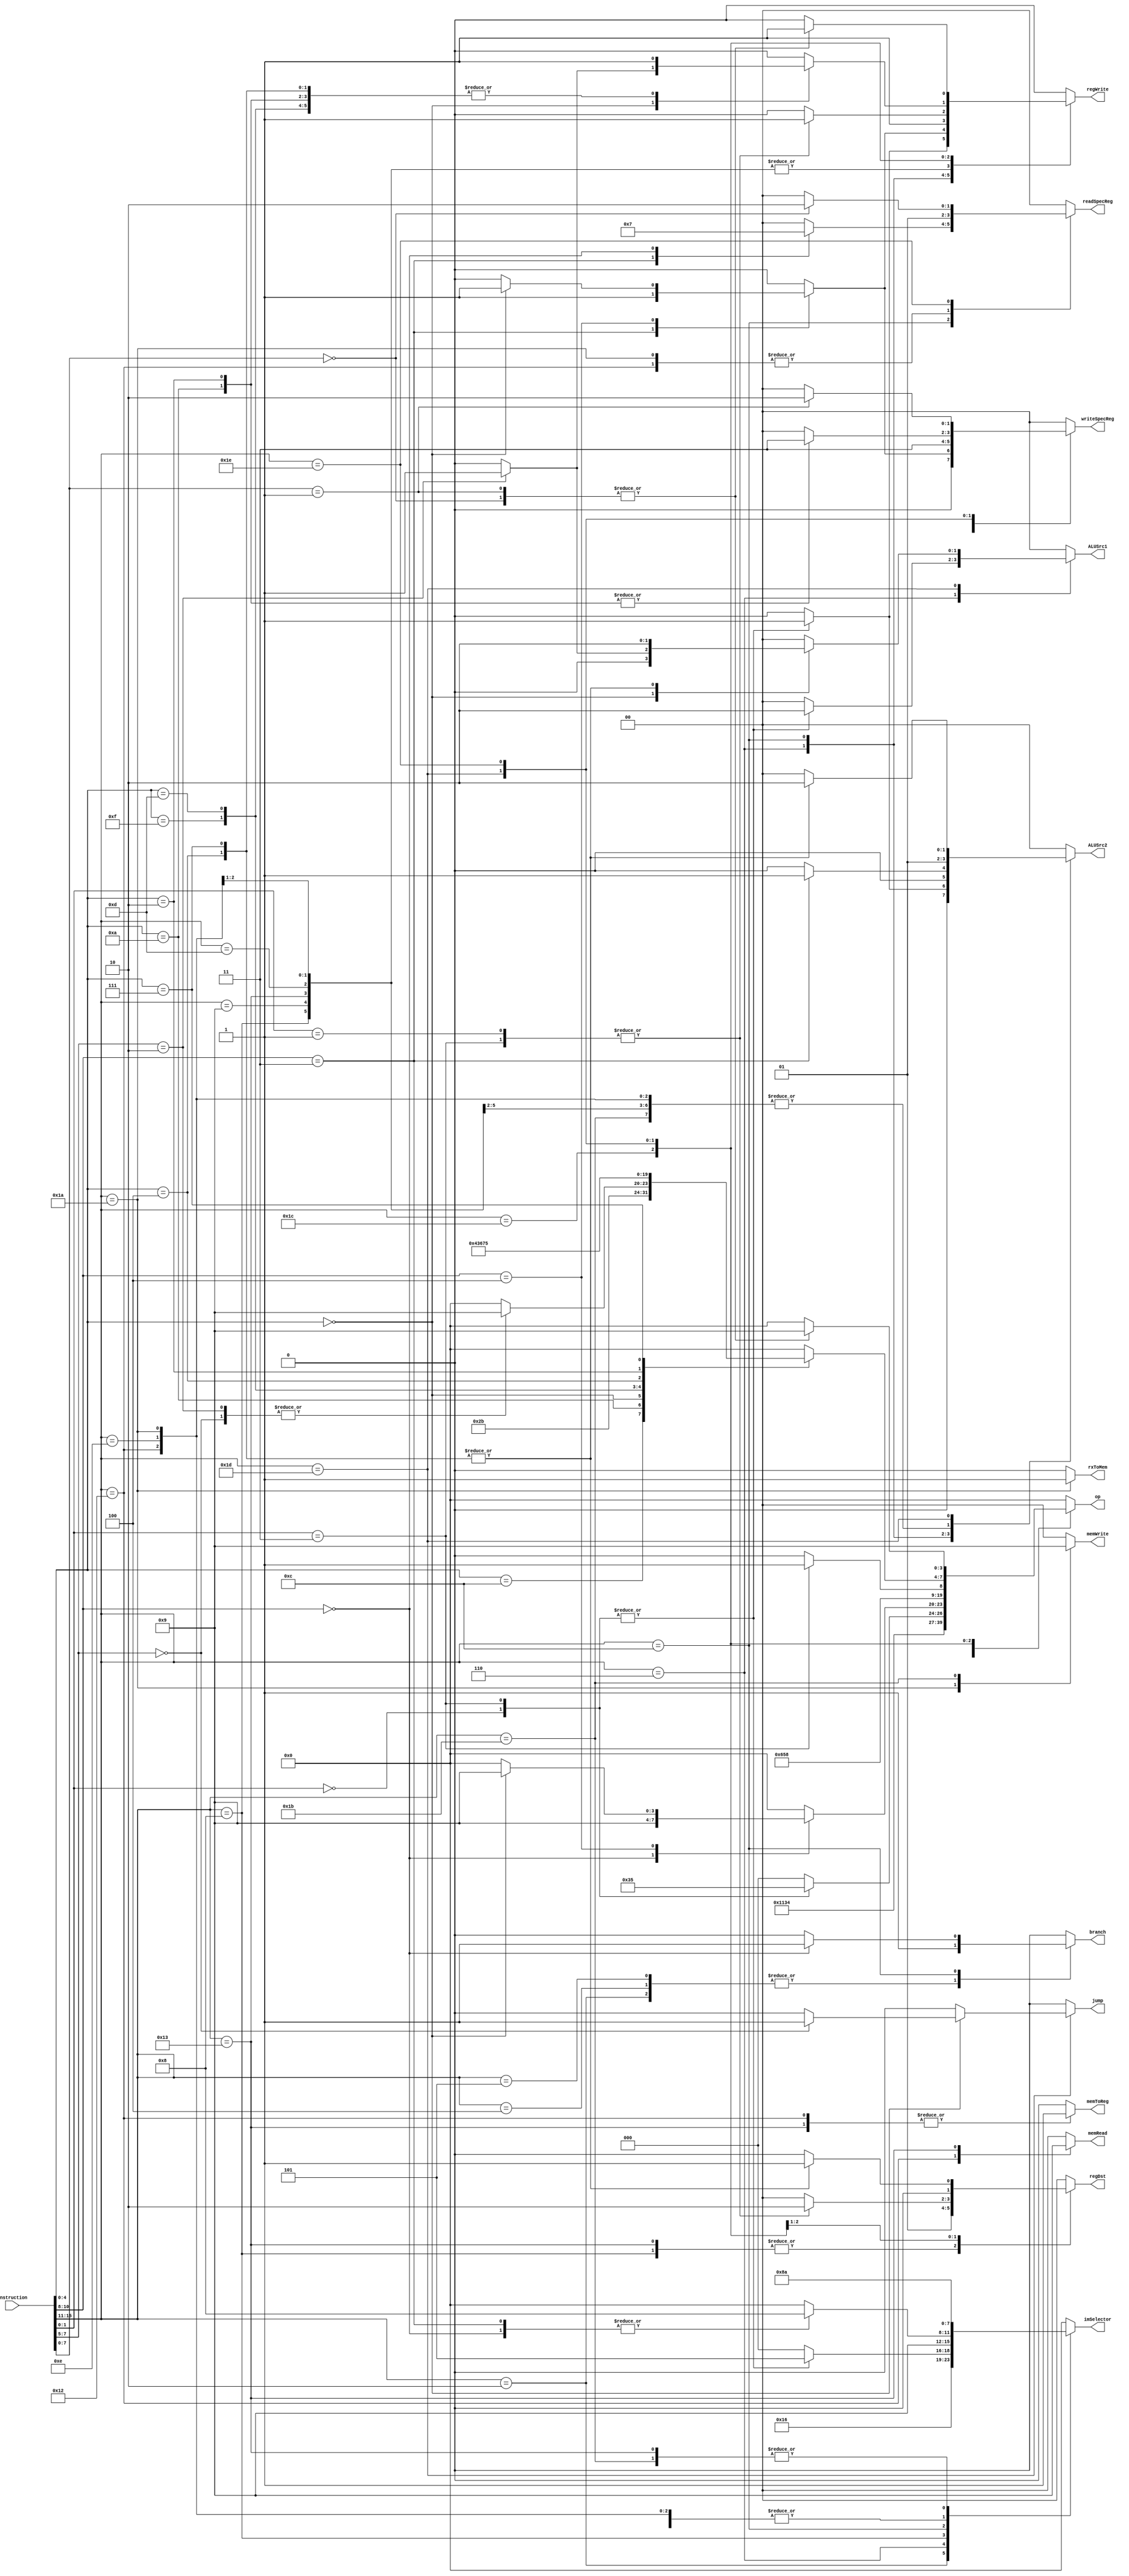
`timescale 1ns / 1ns

module InstructionDecoder(
	//rx express 10 to 8 bit in instruction, ry express 7 to 5 bit, rz express 4 to 2;
    input  [15:0] instruction,	
    output reg [3:0] imSelector,
    output reg [1:0] ALUSrc2,
    output reg [1:0] memWrite,
    output reg [1:0] memRead,
    output reg [1:0]regDst,   
	output reg  branch, 
	output reg  regWrite,
	output reg  memToReg,
	output reg  [3:0]op,
	output reg  [1:0]readSpecReg,
	output reg [1:0]writeSpecReg,
	output reg jump,     
	output reg [1:0]ALUSrc1,
	output reg rxToMem
	
    );
    
always @(*)
begin

case(instruction[15:11])

    5'b00001:  
        begin
        if(instruction[10:0] == 11'b0000_0000_000)
            begin
            //NOP
            imSelector = 4'b0000;
            ALUSrc2 = 2'b00;
            memWrite = 2'b00;
            memRead = 2'b00;
            regDst = 2'b00;
            branch = 1'b0;
            regWrite = 1'b0;
            memToReg = 1'b0;
            op = 4'b0000;
            readSpecReg = 2'b00;
            writeSpecReg = 2'b00;
            jump = 1'b0;
            ALUSrc1 = 2'b00;
            rxToMem = 1'b0;
            end
		else 
			begin
				  imSelector = 4'b0000;
                  ALUSrc2 = 2'b00;
                  memWrite = 2'b00;
                  memRead = 2'b00;
                  regDst = 2'b00;
                  branch = 1'b0;
                  regWrite = 1'b0;
                  memToReg = 1'b0;
                  op = 4'b0000;
                  readSpecReg = 2'b00;
                  writeSpecReg = 2'b00;
                  jump = 1'b0;
                  ALUSrc1 = 2'b00;
                  rxToMem = 1'b0;
			end
        end
        
    5'b00010:
        begin
        //B
            imSelector = 4'b1011;
            ALUSrc2 = 2'b00;
            memWrite = 2'b00;
            memRead = 2'b00;
            regDst = 2'b00;
            branch = 1'b1;
            regWrite = 1'b0;
            memToReg = 1'b0;
            op = 4'b1000;
            readSpecReg = 2'b00;
            writeSpecReg = 2'b00;
            jump = 1'b0;
            ALUSrc1 = 2'b00;
            rxToMem = 1'b0;
        end
        
    5'b00100:
        begin
        //BEQZ
            imSelector = 4'b1000;
            ALUSrc2 = 2'b00;
            memWrite = 2'b00;
            memRead = 2'b00;
            regDst = 2'b00;
            branch = 1'b1;
            regWrite = 1'b0;
            memToReg = 1'b0;
            op = 4'b1001;
            readSpecReg = 2'b00;
            writeSpecReg = 2'b00;
            jump = 1'b0;
            ALUSrc1 = 2'b00;
            rxToMem = 1'b0;
        end
    
    5'b00101:
        begin
        //BNEZ
            imSelector = 4'b1000;
            ALUSrc2 = 2'b00;
            memWrite = 2'b00;
            memRead = 2'b00;
            regDst = 2'b00;
            branch = 1'b1;
            regWrite = 1'b0;
            memToReg = 1'b0;
            op = 4'b1010;
            readSpecReg = 2'b00;
            writeSpecReg = 2'b00;
            jump = 1'b0;
            ALUSrc1 = 2'b00;
            rxToMem = 1'b0;
        end
        
    5'b00110:
        case(instruction[1:0])
            2'b00:
                begin
                    //SLL
                    imSelector = 4'b0101;
                    ALUSrc2 = 2'b01;
                    memWrite = 2'b00;
                    memRead = 2'b00;
                    regDst = 2'b00;
                    branch = 1'b0;
                    regWrite = 1'b1;
                    memToReg = 1'b0;
                    op = 4'b0110;
                    readSpecReg = 2'b00;
                    writeSpecReg = 2'b00;
                    jump = 1'b0;
                    ALUSrc1 = 2'b10;
                    rxToMem = 1'b0;
                end
                
            2'b11:
                begin 
                    //SRA
                    imSelector = 4'b0101;
                    ALUSrc2 = 2'b01;
                    memWrite = 2'b00;
                    memRead = 2'b00;
                    regDst = 2'b00;
                    branch = 1'b0;
                    regWrite = 1'b1;
                    memToReg = 1'b0;
                    op = 4'b0101;
                    readSpecReg = 2'b00;
                    writeSpecReg = 2'b00;
                    jump = 1'b0;
                    ALUSrc1 = 2'b10;
                    rxToMem = 1'b0;
                end
				default: 
					begin
						  imSelector = 4'b0000;
                    ALUSrc2 = 2'b00;
                    memWrite = 2'b00;
                    memRead = 2'b00;
                    regDst = 2'b00;
                    branch = 1'b0;
                    regWrite = 1'b0;
                    memToReg = 1'b0;
                    op = 4'b0000;
                    readSpecReg = 2'b00;
                    writeSpecReg = 2'b00;
                    jump = 1'b0;
                    ALUSrc1 = 2'b00;
                    rxToMem = 1'b0;
					end
        endcase
        
    5'b01000:
        begin
        //ADDIU3
            imSelector = 4'b1001;
            ALUSrc2 = 2'b01;
            memWrite = 2'b00;
            memRead = 2'b00;
            regDst = 2'b01;
            branch = 1'b0;
            regWrite = 1'b1;
            memToReg = 1'b0;
            op = 4'b0000;
            readSpecReg = 2'b00;
            writeSpecReg = 2'b00;
            jump = 1'b0;
            ALUSrc1 = 2'b00;
            rxToMem = 1'b0;
        end
        
    5'b01001:
        begin
        //ADDIU
            imSelector = 4'b1000;
            ALUSrc2 = 2'b01;
            memWrite = 2'b00;
            memRead = 2'b00;
            regDst = 2'b00;
            branch = 1'b0;
            regWrite = 1'b1;
            memToReg = 1'b0;
            op = 4'b0000;
            readSpecReg = 2'b00;
            writeSpecReg = 2'b00;
            jump = 1'b0;
            ALUSrc1 = 2'b00;
            rxToMem = 1'b0;
        end
    
    5'b01100:
        case(instruction[10:8])
            3'b011:
                begin
                    //ADDSP
                    imSelector = 4'b1000;
                    ALUSrc2 = 2'b01;
                    memWrite = 2'b00;
                    memRead = 2'b00;
                    regDst = 2'b00;
                    branch = 1'b0;
                    regWrite = 1'b1;
                    memToReg = 1'b0;
                    op = 4'b0000;
                    readSpecReg = 2'b01;
                    writeSpecReg = 2'b01;
                    jump = 1'b0;
                    ALUSrc1 = 2'b00;
                    rxToMem = 1'b0;
                end
            3'b000:
                begin
                    //BTEQZ
                    imSelector = 4'b1000;
                    ALUSrc2 = 2'b00;
                    memWrite = 2'b00;
                    memRead = 2'b00;
                    regDst = 2'b00;
                    branch = 1'b1;
                    regWrite = 1'b0;
                    memToReg = 1'b0;
                    op = 4'b1001;
                    readSpecReg = 2'b11;
                    writeSpecReg = 2'b00;
                    jump = 1'b0;
                    ALUSrc1 = 2'b00;
                    rxToMem = 1'b0;
                end
            3'b100:
                if(instruction[4:0]==5'b00000)
                begin
                    //MTSP
                    imSelector = 4'b0000;
                    ALUSrc2 = 2'b00;
                    memWrite = 2'b00;
                    memRead = 2'b00;
                    regDst = 2'b00;
                    branch = 1'b0;
                    regWrite = 1'b1;
                    memToReg = 1'b0;
                    op = 4'b1001;
                    readSpecReg = 2'b00;
                    writeSpecReg = 2'b01;
                    jump = 1'b0;
                    ALUSrc1 = 2'b00;
                    rxToMem = 1'b0;
                end
				else 
				begin
					imSelector = 4'b0000;
					ALUSrc2 = 2'b00;
					memWrite = 2'b00;
					memRead = 2'b00;
					regDst = 2'b00;
					branch = 1'b0;
					regWrite = 1'b0;
					memToReg = 1'b0;
					op = 4'b0000;
					readSpecReg = 2'b00;
					writeSpecReg = 2'b00;
					jump = 1'b0;
					ALUSrc1 = 2'b00;
					rxToMem = 1'b0;
				end
					 
				default: 
					begin
						  imSelector = 4'b0000;
                    ALUSrc2 = 2'b00;
                    memWrite = 2'b00;
                    memRead = 2'b00;
                    regDst = 2'b00;
                    branch = 1'b0;
                    regWrite = 1'b0;
                    memToReg = 1'b0;
                    op = 4'b0000;
                    readSpecReg = 2'b00;
                    writeSpecReg = 2'b00;
                    jump = 1'b0;
                    ALUSrc1 = 2'b00;
                    rxToMem = 1'b0;
					end
                
            
        endcase
    
    5'b01101:
        begin
        //LI
            imSelector = 4'b0000;
            ALUSrc2 = 2'b01;
            memWrite = 2'b00;
            memRead = 2'b00;
            regDst = 2'b00;
            branch = 1'b0;
            regWrite = 1'b1;
            memToReg = 1'b0;
            op = 4'b1100;
            readSpecReg = 2'b00;
            writeSpecReg = 2'b00;
            jump = 1'b0;
            ALUSrc1 = 2'b00;
            rxToMem = 1'b0;
        end    
        
    5'b01110:
        begin
        //CMPI
            imSelector = 4'b1000;
            ALUSrc2 = 2'b01;
            memWrite = 2'b00;
            memRead = 2'b00;
            regDst = 2'b00;
            branch = 1'b0;
            regWrite = 1'b1;
            memToReg = 1'b0;
            op = 4'b1011;
            readSpecReg = 2'b00;
            writeSpecReg = 2'b11;
            jump = 1'b0;
            ALUSrc1 = 2'b00;
            rxToMem = 1'b0;
        end    
    
    5'b10010:
        begin
        //LW_SP
            imSelector = 4'b1000;
            ALUSrc2 = 2'b01;
            memWrite = 2'b00;
            memRead = 2'b10;
            regDst = 2'b00;
            branch = 1'b0;
            regWrite = 1'b1;
            memToReg = 1'b1;
            op = 4'b0000;
            readSpecReg = 2'b01;
            writeSpecReg = 2'b00;
            jump = 1'b0;
            ALUSrc1 = 2'b00;
            rxToMem = 1'b0;
        end
    
    5'b10011:
        begin
        //LW
            imSelector = 4'b1010;
            ALUSrc2 = 2'b01;
            memWrite = 2'b00;
            memRead = 2'b01;
            regDst = 2'b01;
            branch = 1'b0;
            regWrite = 1'b1;
            memToReg = 1'b1;
            op = 4'b0000;
            readSpecReg = 2'b00;
            writeSpecReg = 2'b00;
            jump = 1'b0;
            ALUSrc1 = 2'b00;
            rxToMem = 1'b0;
        end
    
    5'b11010:
        begin
        //SW_SP
            imSelector = 4'b1000;
            ALUSrc2 = 2'b01;
            memWrite = 2'b10;
            memRead = 2'b00;
            regDst = 2'b00;
            branch = 1'b0;
            regWrite = 1'b0;
            memToReg = 1'b0;
            op = 4'b0000;
            readSpecReg = 2'b01;
            writeSpecReg = 2'b00;
            jump = 1'b0;
            ALUSrc1 = 2'b00;
            rxToMem = 1'b1;
        end
    
    5'b11011:
        begin
        //SW
            imSelector = 4'b1010;
            ALUSrc2 = 2'b01;
            memWrite = 2'b01;
            memRead = 2'b00;
            regDst = 2'b00;
            branch = 1'b0;
            regWrite = 1'b0;
            memToReg = 1'b0;
            op = 4'b0000;
            readSpecReg = 2'b00;
            writeSpecReg = 2'b00;
            jump = 1'b0;
            ALUSrc1 = 2'b00;
            rxToMem = 1'b0;
        end
    
    5'b11100:
        case(instruction[1:0])
            2'b01:
            begin
                //ADDU
                imSelector = 4'b0000;
                ALUSrc2 = 2'b00;
                memWrite = 2'b00;
                memRead = 2'b00;
                regDst = 2'b10;
                branch = 1'b0;
                regWrite = 1'b1;
                memToReg = 1'b0;
                op = 4'b0000;
                readSpecReg = 2'b00;
                writeSpecReg = 2'b00;
                jump = 1'b0;
                ALUSrc1 = 2'b00;
                rxToMem = 1'b0;
            end
            
            2'b11:
            begin
                //SUBU
                imSelector = 4'b0000;
                ALUSrc2 = 2'b00;
                memWrite = 2'b00;
                memRead = 2'b00;
                regDst = 2'b10;
                branch = 1'b0;
                regWrite = 1'b1;
                memToReg = 1'b0;
                op = 4'b0001;
                readSpecReg = 2'b00;
                writeSpecReg = 2'b00;
                jump = 1'b0;
                ALUSrc1 = 2'b00;
                rxToMem = 1'b0;
            end
				
				default: 
					begin
						  imSelector = 4'b0000;
                    ALUSrc2 = 2'b00;
                    memWrite = 2'b00;
                    memRead = 2'b00;
                    regDst = 2'b00;
                    branch = 1'b0;
                    regWrite = 1'b0;
                    memToReg = 1'b0;
                    op = 4'b0000;
                    readSpecReg = 2'b00;
                    writeSpecReg = 2'b00;
                    jump = 1'b0;
                    ALUSrc1 = 2'b00;
                    rxToMem = 1'b0;
					end
        endcase
    
    5'b11101:
        case(instruction[4:0])
            5'b01100:
            begin
                //AND
                imSelector = 4'b0000;
                ALUSrc2 = 2'b00;
                memWrite = 2'b00;
                memRead = 2'b00;
                regDst = 2'b00;
                branch = 1'b0;
                regWrite = 1'b1;
                memToReg = 1'b0;
                op = 4'b0010;
                readSpecReg = 2'b00;
                writeSpecReg = 2'b00;
                jump = 1'b0;
                ALUSrc1 = 2'b00;
                rxToMem = 1'b0;  
            end
            
            5'b01010:
            begin
                //CMP
                imSelector = 4'b0000;
                ALUSrc2 = 2'b00;
                memWrite = 2'b00;
                memRead = 2'b00;
                regDst = 2'b00;
                branch = 1'b0;
                regWrite = 1'b1;
                memToReg = 1'b0;
                op = 4'b1011;
                readSpecReg = 2'b00;
                writeSpecReg = 2'b11;
                jump = 1'b0;
                ALUSrc1 = 2'b00;
                rxToMem = 1'b0;
            end
            
            5'b00000:
            case(instruction[7:5])
                3'b000:
                begin
                //JR
                    imSelector = 4'b0000;
                    ALUSrc2 = 2'b00;
                    memWrite = 2'b00;
                    memRead = 2'b00;
                    regDst = 2'b00;
                    branch = 1'b0;
                    regWrite = 1'b0;
                    memToReg = 1'b0;
                    op = 4'b1001;
                    readSpecReg = 2'b00;
                    writeSpecReg = 2'b00;
                    jump = 1'b1;
                    ALUSrc1 = 2'b00;
                    rxToMem = 1'b0;
                end
                3'b010:
                begin
                //MFPC
                    imSelector = 4'b0000;
                    ALUSrc2 = 2'b00;
                    memWrite = 2'b00;
                    memRead = 2'b00;
                    regDst = 2'b00;
                    branch = 1'b0;
                    regWrite = 1'b1;
                    memToReg = 1'b0;
                    op = 4'b1001;
                    readSpecReg = 2'b00;
                    writeSpecReg = 2'b00;
                    jump = 1'b0;
                    ALUSrc1 = 2'b01;
                    rxToMem = 1'b0;
                end
					 
					 default: 
					begin
						  imSelector = 4'b0000;
                    ALUSrc2 = 2'b00;
                    memWrite = 2'b00;
                    memRead = 2'b00;
                    regDst = 2'b00;
                    branch = 1'b0;
                    regWrite = 1'b0;
                    memToReg = 1'b0;
                    op = 4'b0000;
                    readSpecReg = 2'b00;
                    writeSpecReg = 2'b00;
                    jump = 1'b0;
                    ALUSrc1 = 2'b00;
                    rxToMem = 1'b0;
					end
            endcase
            
            5'b01111:
            begin
                //NOT
                imSelector = 4'b0000;
                ALUSrc2 = 2'b00;
                memWrite = 2'b00;
                memRead = 2'b00;
                regDst = 2'b00;
                branch = 1'b0;
                regWrite = 1'b1;
                memToReg = 1'b0;
                op = 4'b0100;
                readSpecReg = 2'b00;
                writeSpecReg = 2'b00;
                jump = 1'b0;
                ALUSrc1 = 2'b00;
                rxToMem = 1'b0;
            end
            
            5'b01101:
            begin
                //OR
                imSelector = 4'b0000;
                ALUSrc2 = 2'b00;
                memWrite = 2'b00;
                memRead = 2'b00;
                regDst = 2'b00;
                branch = 1'b0;
                regWrite = 1'b1;
                memToReg = 1'b0;
                op = 4'b0011;
                readSpecReg = 2'b00;
                writeSpecReg = 2'b00;
                jump = 1'b0;
                ALUSrc1 = 2'b00;
                rxToMem = 1'b0;
            end
            
            5'b00100:
            begin
                //SLLV
                imSelector = 4'b0000;
                ALUSrc2 = 2'b10;
                memWrite = 2'b00;
                memRead = 2'b00;
                regDst = 2'b01;
                branch = 1'b0;
                regWrite = 1'b1;
                memToReg = 1'b0;
                op = 4'b0110;
                readSpecReg = 2'b00;
                writeSpecReg = 2'b00;
                jump = 1'b0;
                ALUSrc1 = 2'b10;
                rxToMem = 1'b0;
            end
            
            5'b00010:
            begin
                //SLT
                imSelector = 4'b0000;
                ALUSrc2 = 2'b00;
                memWrite = 2'b00;
                memRead = 2'b00;
                regDst = 2'b00;
                branch = 1'b0;
                regWrite = 1'b1;
                memToReg = 1'b0;
                op = 4'b0111;
                readSpecReg = 2'b00;
                writeSpecReg = 2'b11;
                jump = 1'b0;
                ALUSrc1 = 2'b00;
                rxToMem = 1'b0;
            end
            
            5'b00111:
            begin
                //SRAV 
                imSelector = 4'b0000;
                ALUSrc2 = 2'b10;
                memWrite = 2'b00;
                memRead = 2'b00;
                regDst = 2'b01;
                branch = 1'b0;
                regWrite = 1'b1;
                memToReg = 1'b0;
                op = 4'b0101;
                readSpecReg = 2'b00;
                writeSpecReg = 2'b00;
                jump = 1'b0;
                ALUSrc1 = 2'b10;
                rxToMem = 1'b0;
            end
				
				default: 
					begin
						  imSelector = 4'b0000;
                    ALUSrc2 = 2'b00;
                    memWrite = 2'b00;
                    memRead = 2'b00;
                    regDst = 2'b00;
                    branch = 1'b0;
                    regWrite = 1'b0;
                    memToReg = 1'b0;
                    op = 4'b0000;
                    readSpecReg = 2'b00;
                    writeSpecReg = 2'b00;
                    jump = 1'b0;
                    ALUSrc1 = 2'b00;
                    rxToMem = 1'b0;
					end
        endcase
    
    5'b11110:
        case(instruction[7:0])
            8'b0000_0000:
            begin
                //MFIH
                imSelector = 4'b0000;
                ALUSrc2 = 2'b00;
                memWrite = 2'b00;
                memRead = 2'b00;
                regDst = 2'b00;
                branch = 1'b0;
                regWrite = 1'b1;
                memToReg = 1'b0;
                op = 4'b1001;
                readSpecReg = 2'b10;
                writeSpecReg = 2'b00;
                jump = 1'b0;
                ALUSrc1 = 2'b00;
                rxToMem = 1'b0;
            end
            
            8'b0000_0001:
            begin
                //MTIH
                imSelector = 4'b0000;
                ALUSrc2 = 2'b00;
                memWrite = 2'b00;
                memRead = 2'b00;
                regDst = 2'b00;
                branch = 1'b0;
                regWrite = 1'b1;
                memToReg = 1'b0;
                op = 4'b1001;
                readSpecReg = 2'b00;
                writeSpecReg = 2'b10;
                jump = 1'b0;
                ALUSrc1 = 2'b00;
                rxToMem = 1'b0;
            end
				default: 
					begin
						  imSelector = 4'b0000;
                    ALUSrc2 = 2'b00;
                    memWrite = 2'b00;
                    memRead = 2'b00;
                    regDst = 2'b00;
                    branch = 1'b0;
                    regWrite = 1'b0;
                    memToReg = 1'b0;
                    op = 4'b0000;
                    readSpecReg = 2'b00;
                    writeSpecReg = 2'b00;
                    jump = 1'b0;
                    ALUSrc1 = 2'b00;
                    rxToMem = 1'b0;
					end
        endcase
   
    
 default: 
					begin
					imSelector = 4'b0000;
                    ALUSrc2 = 2'b00;
                    memWrite = 2'b00;
                    memRead = 2'b00;
                    regDst = 2'b00;
                    branch = 1'b0;
                    regWrite = 1'b0;
                    memToReg = 1'b0;
                    op = 4'b0000;
                    readSpecReg = 2'b00;
                    writeSpecReg = 2'b00;
                    jump = 1'b0;
                    ALUSrc1 = 2'b00;
                    rxToMem = 1'b0;
					end
endcase    
end  
    

endmodule